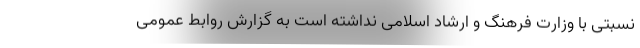
نسبتی با وزارت فرهنگ و ارشاد اسلامی نداشته است به گزارش روابط عمومی